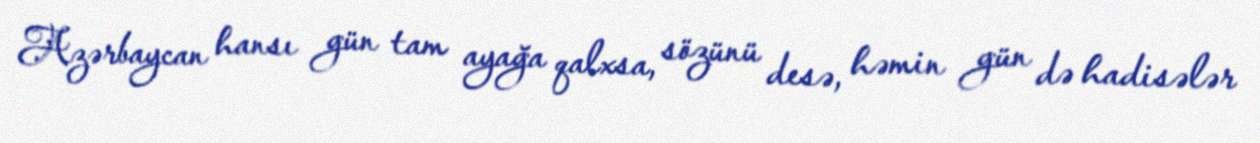
Azərbaycan hansı gün tam ayağa qalxsa, sözünü desə, həmin gün də hadisələr